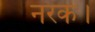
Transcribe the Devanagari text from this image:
नरक।